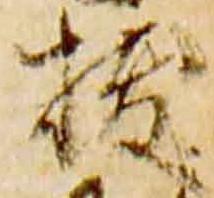
抜